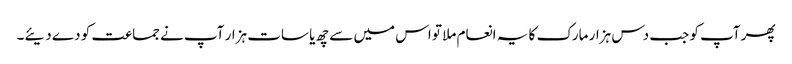
پھر آپ کو جب دس ہزار مارک کا یہ انعام ملا تو اس میں سے چھ یا سات ہزار آپ نے جماعت کو دے دیئے۔